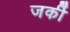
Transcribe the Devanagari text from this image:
जर्की